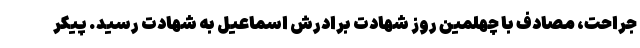
جراحت، مصادف با چهلمین روز شهادت برادرش اسماعیل به شهادت رسید. پیکر